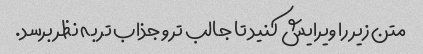
متن زیر را ویرایش کنید تا جالب تر و جذاب تر به نظر برسد.